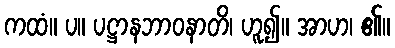
ကထံ။ ပ။ ပဋ္ဌာနဘာဝနာတိ၊ ဟူ၍။ အာဟ၊ ၏။